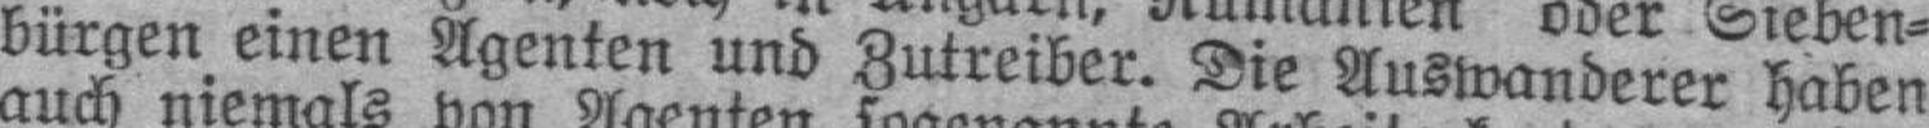
bürgen einen Agenten und Zutreiber. Die Auswanderer haben